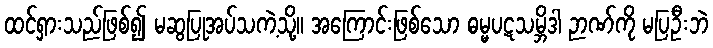
ထင်ရှားသည်ဖြစ်၍ မဆွပြုအပ်သကဲ့သို့။ အကြောင်းဖြစ်သော ဓမ္မပဋသမ္ဘိဒါ ဉာဏ်ကို မပြဦးဘဲ